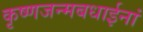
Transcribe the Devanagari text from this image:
कृष्णजन्मबधाईनां